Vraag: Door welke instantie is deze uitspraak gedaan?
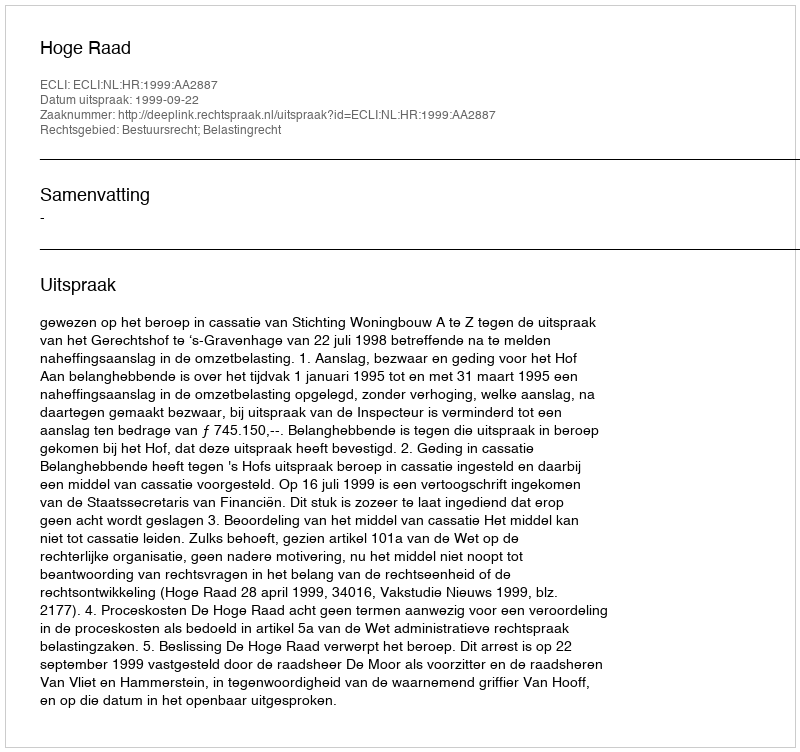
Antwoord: Hoge Raad